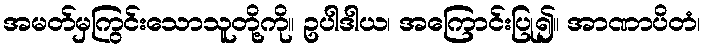
အမတ်မှကြွင်းသောသူတို့ကို။ ဥပါဒါယ၊ အကြောင်းပြု၍။ အာဏာပိတံ၊